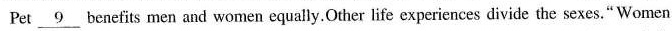
Pet \underline{9} benefits men and women equally.Other life experiences divide the sexes." Women